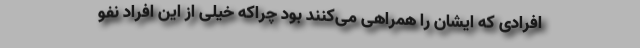
افرادی که ایشان را همراهی می‌کنند بود چراکه خیلی از این افراد نفو